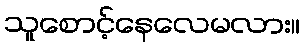
သူစောင့်နေလေမလား။